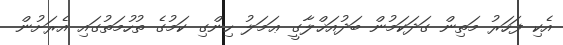
އެކި ފަހަރު މަތިން ގަދަކަމުން ބަދުއަޚްލާގީ ޢަމަލު ހިންގި ކަމުގެ ތުހުމަތުގައި އެރަށުން